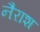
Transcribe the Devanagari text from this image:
नैराश